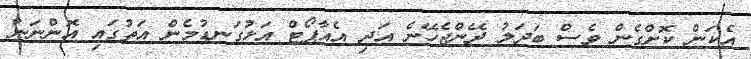
އެކަން ކޮށްގެން ވެސް ބަދަލު ދޭންޖެހޭނެ އަދި އެއާޕޯޓް އަޅުގަނޑުމެން އަތުގައި އޮންނަން